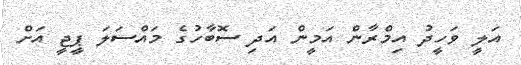
އަލީ ވަހީދު އިމްރާން އަމީން އަދި ސޮބާހުގެ މައްސަލަ ޕީޖީ އަށް